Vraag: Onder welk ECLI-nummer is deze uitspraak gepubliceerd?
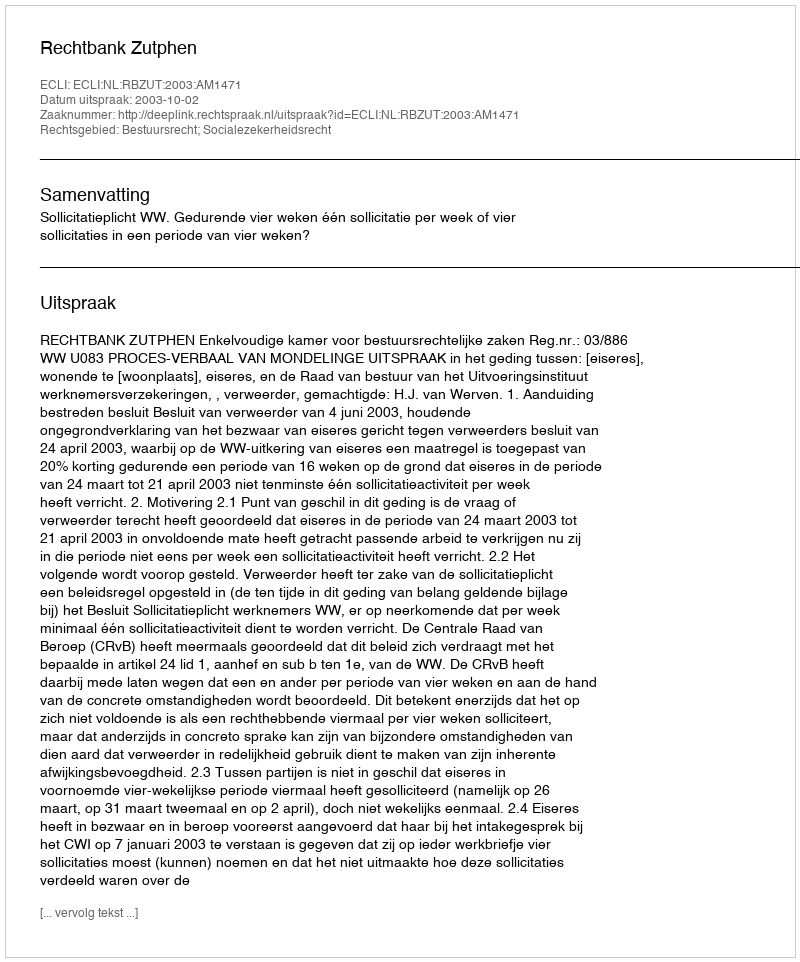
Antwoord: ECLI:NL:RBZUT:2003:AM1471